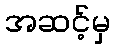
အဆင့်မှ